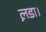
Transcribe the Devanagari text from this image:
ल़डा।